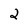
Character: 2